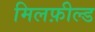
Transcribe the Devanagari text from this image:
मिलफ़ील्ड